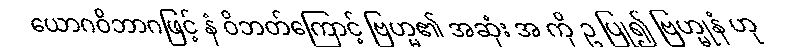
ယောဂဝိဘာဂဖြင့် နံ ဝိဘတ်ကြောင့် ဗြဟ္မ၏ အဆုံး အ ကို ဥ ပြု၍ ဗြဟ္မုနံ ဟု